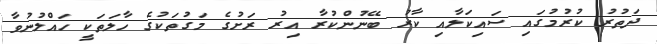
ދަތުރު ކުރުމުގައި ސައިކަލާއި ކާރު ބޭނުންކުރާ އިރު ރަށުގެ މަގުތަކުގެ ހާލަތަކީ ހައްލުނުވާ